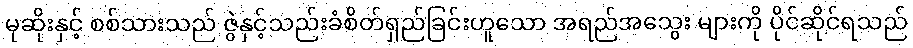
မုဆိုးနှင့် စစ်သားသည် ဇွဲနှင့်သည်းခံစိတ်ရှည်ခြင်းဟူသော အရည်အသွေး များကို ပိုင်ဆိုင်ရသည်